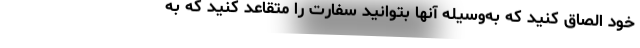
خود الصاق کنید که به‌وسیله آنها بتوانید سفارت را متقاعد کنید که به